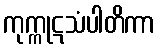
ကုက္ကုဋသံပါတိကာ